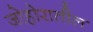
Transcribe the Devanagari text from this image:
जोहोरातील